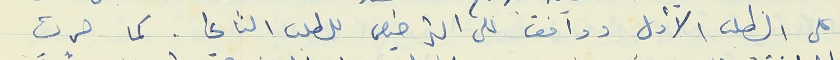
على الطلب الأول ووافق على الترخيص للطلب الثاني. كما جرت